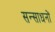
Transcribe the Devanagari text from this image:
सन्साधनों